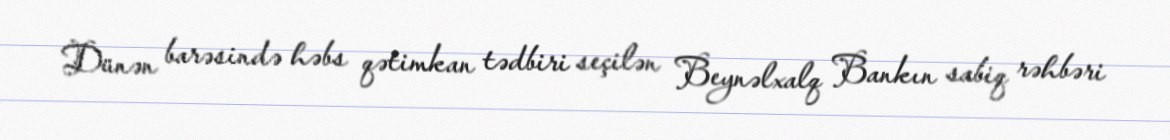
Dünən barəsində həbs qətimkan tədbiri seçilən Beynəlxalq Bankın sabiq rəhbəri